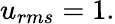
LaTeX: u_{rms}=1.